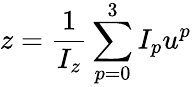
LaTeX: z=\frac{1}{I_{z}}\sum_{p=0}^{3}I_{p}u^{p}